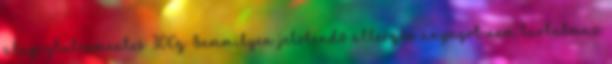
alap gluténmentes 300g Semmilyen jelölendő allergén anyagot nem tartalmaz